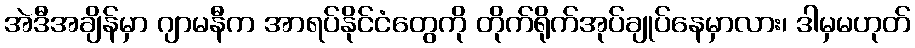
အဲဒီအချိန်မှာ ဂျာမနီက အာရပ်နိုင်ငံတွေကို တိုက်ရိုက်အုပ်ချုပ်နေမှာလား၊ ဒါမှမဟုတ်